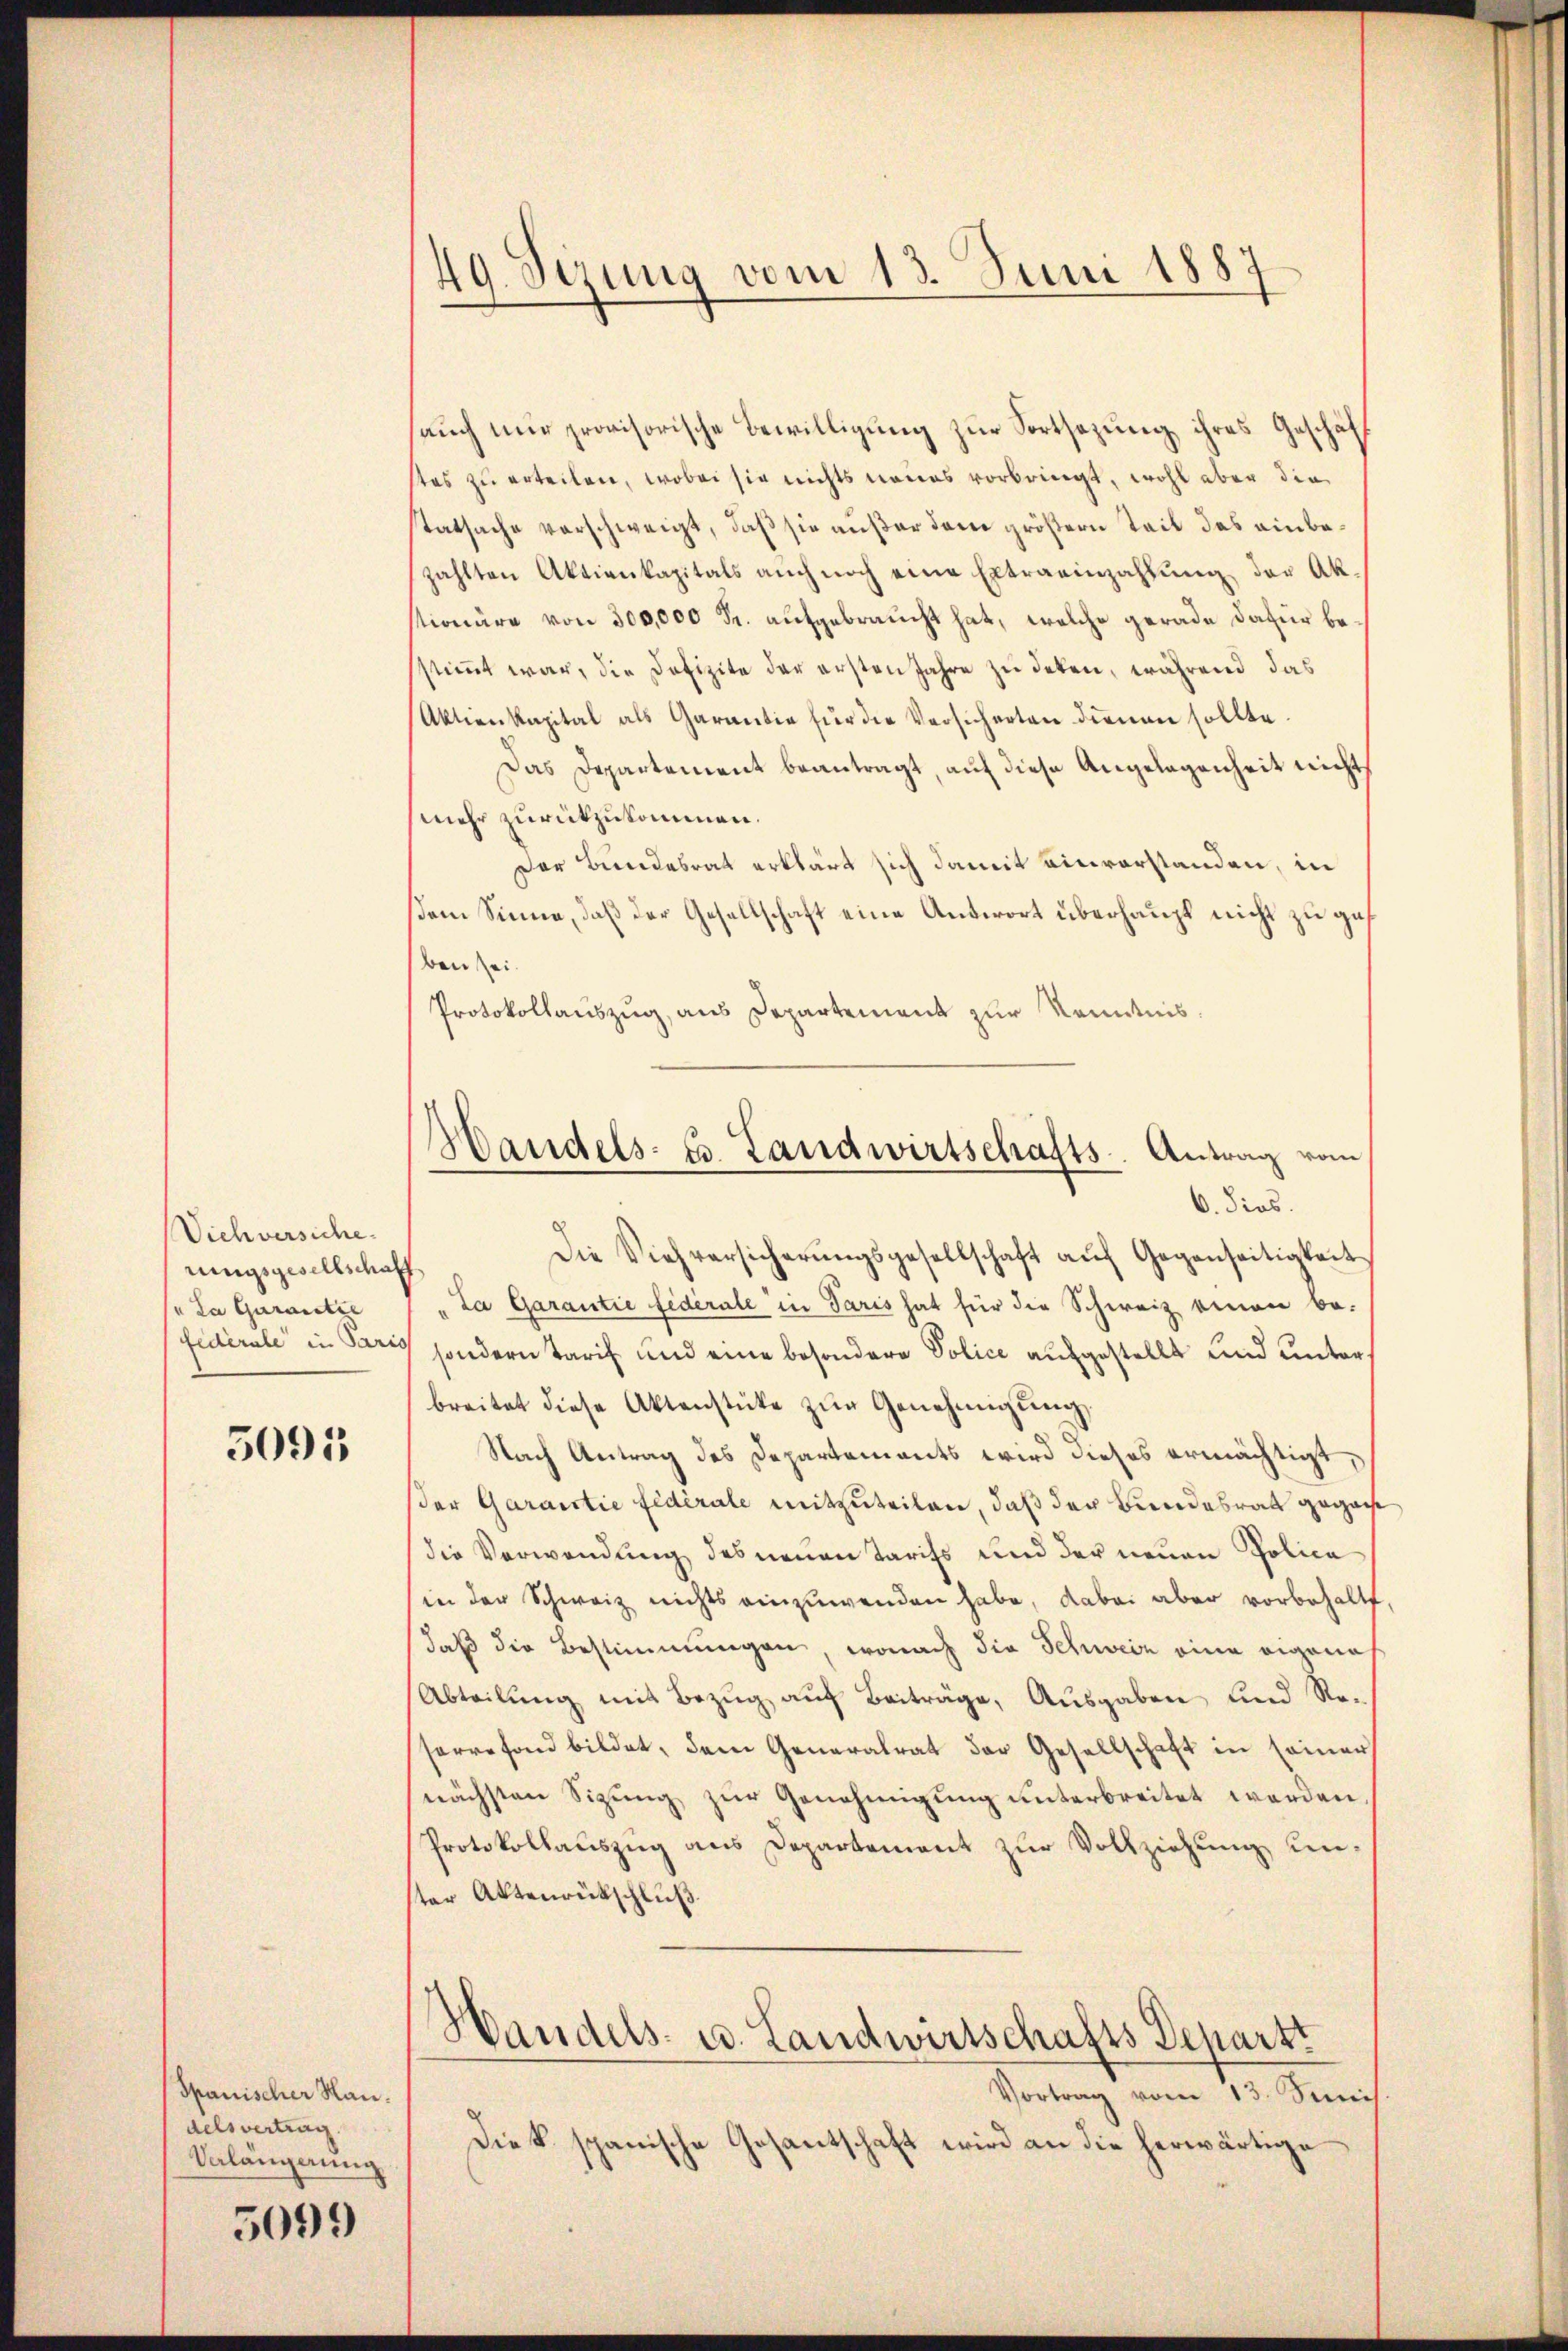
Viehversiche
rungsgesellschaff
" Da Garantie
fédérale in Paris

5095

Spanischer San.
delsvertrag
Valängerung

5099

49. Serung vom 13. Juni 1885

Handels-Es. Landwirtschafts-Antrag vom
6. dies.

sauch nur provisorische Bewilligung zur Fortsezung ihres Geschäf
stes zu erteilen, wobei sie nichts neues vorbringt, wohl aber die
statsache verschweigt, daß sie außer dem größern Teil das einbezahlten Aktienkapitals auch noch eine Extraeinzahlung der Ak
stionäre von 300,000 Fr. aufgebraucht hat, welche gerade dafür besstimmt war, die Defizite der ersten Jahre zu deten, während das
Aktienkapital als Garantie für die Versicherten dienen sollte.
Das Departement beantragt, auf diese Angelegenheit nicht
mehr zurückzukommen.
Der Bundesrat erklärt sich damit einverstanden, in
sem Sinne, daß der Gesellschaft eine Antwort überhaupt nicht zu geben sei.
Protokollauszug, aus Departement zur Kenntnis.
Die Viehversicherŭngsgesellschaft aŭf Gegenseitigkeit
"La Garantie fidérale in Paris hat für die Schweiz einen be-
sondern Tarif und eine besondere Police aufgestellt und unterbreitet diese Aktenstüke zŭr Genehmigŭng
Nach Antrag des Departements wird dieses ermächtigt,
der Garantie fédérale mitzuteilen, daß der Bundesrath gegange
die Verwendung des neuen Tarifs und der neuen Polica
in der Schweiz nichts einzuwenden habe, dabei aber vorbehalt
daß die Bestimmungen, wonach die Schweiz eine eigena
Abteilŭng mit Bezŭg aŭf Beiträge, Ausgaben und Re-
serre fond bildet, dem Generalrat der Gesellschaft in seiner
nächsten Sitzung zur Genehmigung unterbreitet werden.
Protokollaŭszŭg ans Departement zŭr Vollziehung unter Aktenrückschluß
Handels- u. Landwirtschafts Departt
Vortrag vom 13. Seni
Diek spanische Gesantschaft wird an die herwärtige